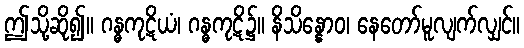
ဤသို့ဆို၍။ ဂန္ဓကုဋိယံ၊ ဂန္ဓကုဋိ၌။ နိသိန္နောဝ၊ နေတော်မူလျက်လျှင်။